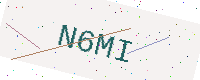
Text: N6MI